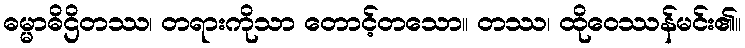
ဓမ္မာဓိဌိတဿ၊ တရားကိုသာ တောင့်တသော။ တဿ၊ ထိုဝေဿန်မင်း၏။